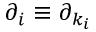
\partial _ { i } \equiv \partial _ { k _ { i } }